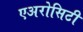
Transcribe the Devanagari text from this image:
एअरोसिटी